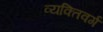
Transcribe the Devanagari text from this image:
व्यक्तिवर्ग